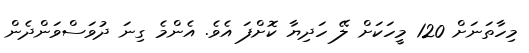
މިހާތަނަށް 120 މީހަކަށް ލޭ ހަދިޔާ ކޮށްފަ އެވެ. އެންމެ ގިނަ ދުވަސްވަންދެން